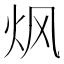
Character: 𮳠